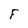
Character: F